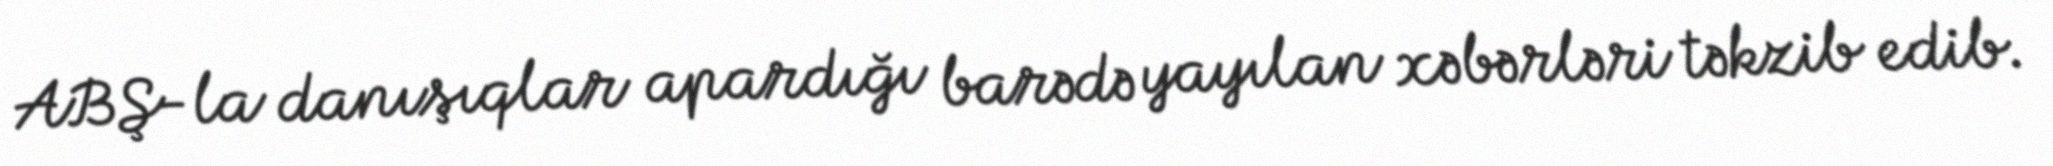
ABŞ-la danışıqlar apardığı barədə yayılan xəbərləri təkzib edib.